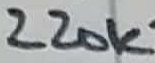
Text: 220K